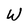
Character: W